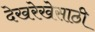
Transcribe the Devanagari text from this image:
देखरेखेसाठी